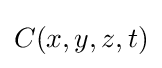
C(x,y,z,t)